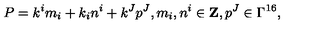
P = k ^ { i } m _ { i } + k _ { i } n ^ { i } + k ^ { J } p ^ { J } , m _ { i } , n ^ { i } \in { \bf Z } , p ^ { J } \in \Gamma ^ { 1 6 } ,